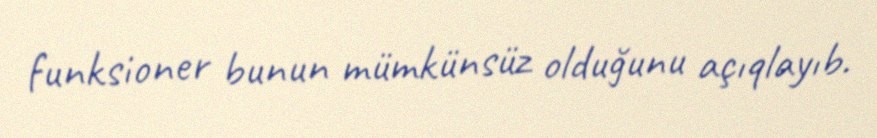
funksioner bunun mümkünsüz olduğunu açıqlayıb.